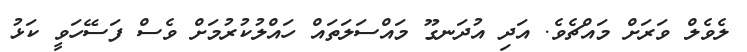
ލެވެލް ވަރަށް މައްޗެވެ. އަދި އުދަނގޫ މައްސަލަތައް ހައްލުކުރުމަށް ވެސް ފަސޭހަވީ ކަޅު